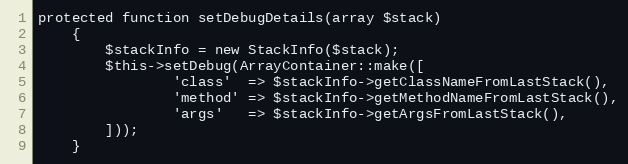
Language: PHP
protected function setDebugDetails(array $stack)
    {
        $stackInfo = new StackInfo($stack);
        $this->setDebug(ArrayContainer::make([
                'class'  => $stackInfo->getClassNameFromLastStack(),
                'method' => $stackInfo->getMethodNameFromLastStack(),
                'args'   => $stackInfo->getArgsFromLastStack(),
        ]));
    }